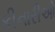
કીનારીઓ